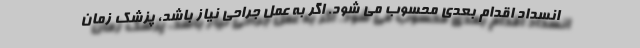
انسداد اقدام بعدی محسوب می شود. اگر به عمل جراحی نیاز باشد، پزشک زمان